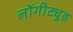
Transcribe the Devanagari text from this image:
लॉगीट्यूड